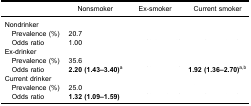
<table><thead><tr><td>[EMPTY_CELL]</td><td><b>Nonsmoker</b></td><td><b>Ex-smoker</b></td><td><b>Current smoker</b></td></tr></thead><tbody><tr><td colspan="4">Nondrinker</td></tr><tr><td> Prevalence (%)</td><td>20.7</td><td>[EMPTY_CELL]</td><td>[EMPTY_CELL]</td></tr><tr><td> Odds ratio</td><td>1.00</td><td>[EMPTY_CELL]</td><td>[EMPTY_CELL]</td></tr><tr><td colspan="4">Ex-drinker</td></tr><tr><td> Prevalence (%)</td><td>35.6</td><td>[EMPTY_CELL]</td><td>[EMPTY_CELL]</td></tr><tr><td> Odds ratio</td><td><b>2.20 (1.43–3.40)</b><sup>a</sup></td><td>[EMPTY_CELL]</td><td><b>1.92 (1.36–2.70)</b><sup>a,b</sup></td></tr><tr><td colspan="4">Current drinker</td></tr><tr><td> Prevalence (%)</td><td>25.0</td><td>[EMPTY_CELL]</td><td>[EMPTY_CELL]</td></tr><tr><td> Odds ratio</td><td><b>1.32 (1.09–1.59)</b></td><td>[EMPTY_CELL]</td><td>[EMPTY_CELL]</td></tr></tbody></table>